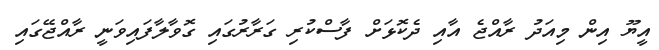
އީޔޫ އިން މިއަދު ރާއްޖެ އާއި ދެކޮޅަށް ފާސްކުރި ގަރާރުގައި ގޮވާލާފައިވަނީ ރާއްޖޭގައި